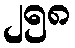
၂၅၈